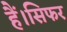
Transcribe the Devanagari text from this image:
हैं।सिफर